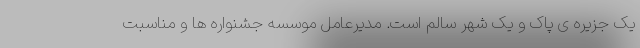
یک جزیره ی پاک و یک شهر سالم است. مدیرعامل موسسه جشنواره ها و مناسبت